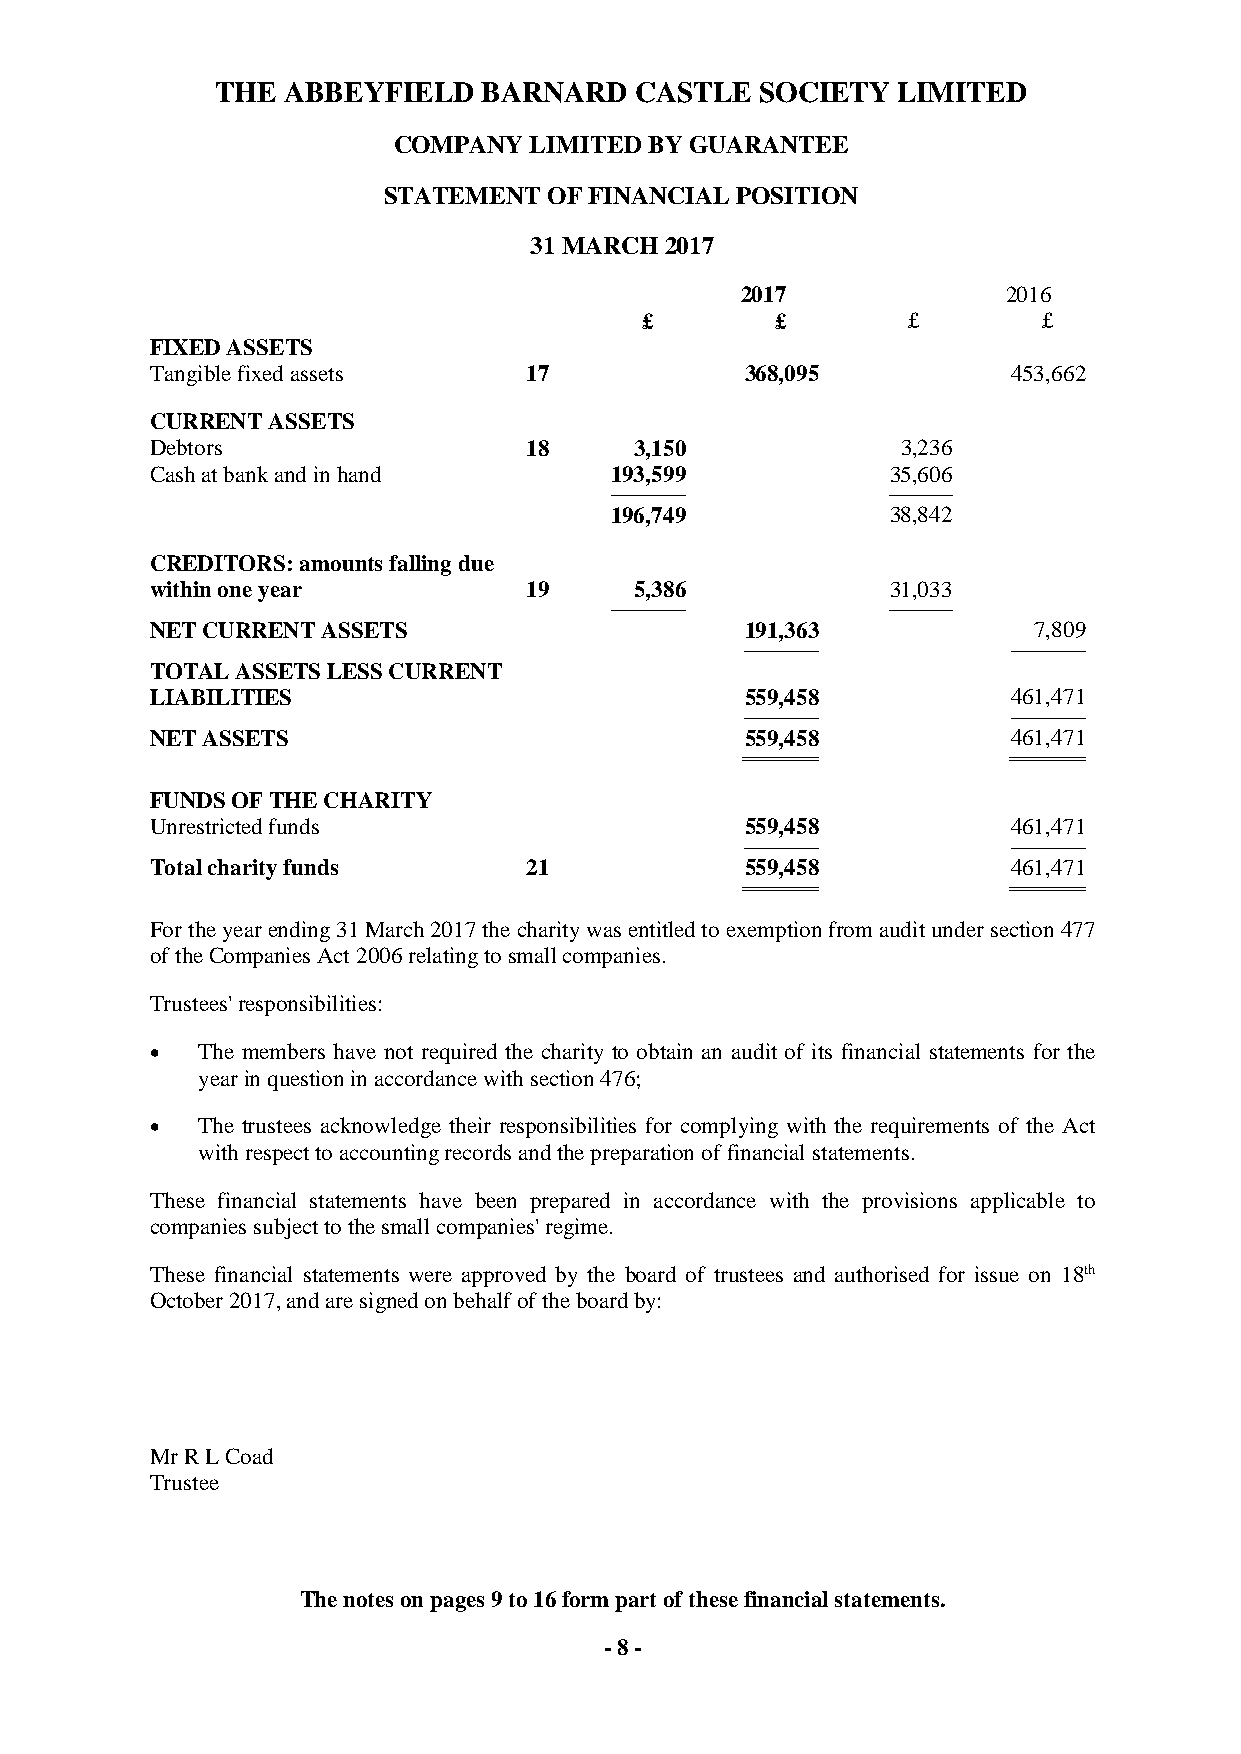
THE  ABBEYFIELD   BARNARD   CASTLE  SOCIETY  LIMITED
 COMPANY  LIMITED BY GUARANTEE
 STATEMENT  OF FINANCIAL POSITION
 31 MARCH 2017
 2017              2016
 £        £        £        £
 FIXED ASSETS
 Tangible fixed assets    17            368,095           453,662
 CURRENT ASSETS
 Debtors                  18     3,150             3,236
 Cash at bank and in hand      193,599            35,606
 ------------------------------------- -------------------------------
 196,749            38,842
 CREDITORS: amounts falling due
 within one year          19     5,386            31,033
 ------------------------------------- -------------------------------
 NET CURRENT ASSETS                     191,363            7,809
 ------------------------------------- -------------------------------------
 TOTAL ASSETS LESS CURRENT
 LIABILITIES                            559,458           461,471
 ------------------------------------- -------------------------------------
 NET ASSETS                             559,458           461,471
 ===================================== =====================================
 FUNDS OF THE CHARITY
 Unrestricted funds                     559,458           461,471
 ------------------------------------- -------------------------------------
 Total charity funds      21            559,458           461,471
 ===================================== =====================================
 For the year ending 31 March 2017 the charity was entitled to exemption from audit under section 477
 of the Companies Act 2006 relating to small companies.
 Trustees' responsibilities:
   The members have not required the charity to obtain an audit of its financial statements for the
 year in question in accordance with section 476;
   The trustees acknowledge their responsibilities for complying with the requirements of the Act
 with respect to accounting records and the preparation of financial statements.
 These financial statements have been prepared in accordance with the provisions applicable to
 companies subject to the small companies' regime.
 These financial statements were approved by the board of trustees and authorised for issue on 18th
 October 2017, and are signed on behalf of the board by:
 Mr R L Coad
 Trustee
 The notes on pages 9 to 16 form part of these financial statements.
 - 8 -